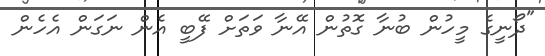
"ދޯނީގެ މީހުން ބުނާ ގޮތުން އޭނާ ވަތަށް ފޭބީ އެން ނަގަން އެހެން